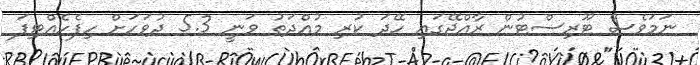
ނަމަވެސް ޓޫރިސްޓުން ރާއްޖޭގައި ހޭދަ ކުރި މުއްދަތު ވަނީ 5.3 ދުވަހަށް ހިފެހެއްޓިފަ